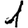
Digit: 1